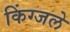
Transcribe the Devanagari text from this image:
किंग्जले